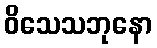
ဝိသေသဘုနော